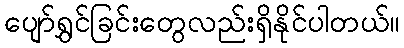
ပျော်ရွှင်ခြင်းတွေလည်းရှိနိုင်ပါတယ်။